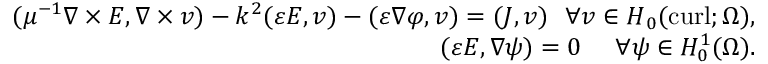
\begin{array} { r l r } & { } & { ( \mu ^ { - 1 } \nabla \times { \boldsymbol { E } } , \nabla \times \boldsymbol { v } ) - k ^ { 2 } ( \varepsilon { \boldsymbol { E } } , \boldsymbol { v } ) - ( \varepsilon \nabla \varphi , \boldsymbol { v } ) = ( { \boldsymbol { J } } , \boldsymbol { v } ) \ \ \forall \boldsymbol { v } \in { \boldsymbol { H } } _ { 0 } ( \mathrm { c u r l } ; \Omega ) , } \\ & { } & { ( \varepsilon { \boldsymbol { E } } , \nabla \psi ) = 0 \ \ \ \ \forall \psi \in H _ { 0 } ^ { 1 } ( \Omega ) . } \end{array}